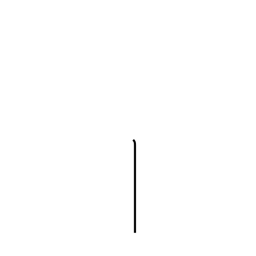
Meaning: rod radical (no. 2)